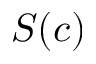
S ( c )